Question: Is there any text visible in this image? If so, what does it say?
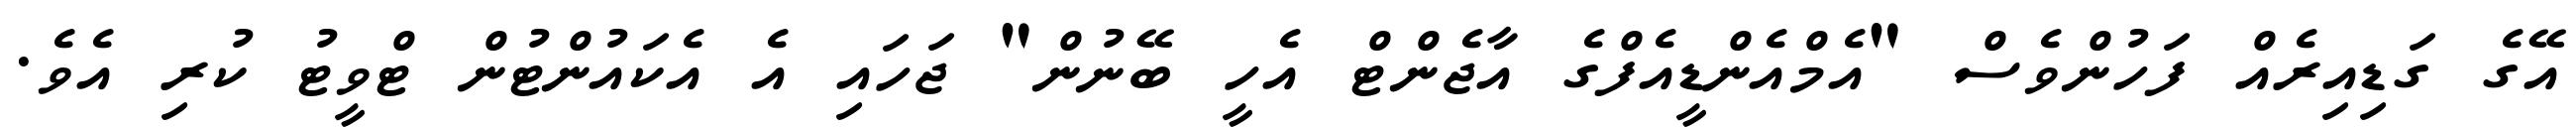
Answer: އޭގެ ގަޑިއިރެއް ފަހުންވެސް "އެމްއެންޑީއެފްގެ އާޖެންޓް އެހީ ބޭނުން" ޖަހައި އެ އެކައުންޓުން ޓްވީޓު ކުރި އެވެ.